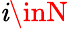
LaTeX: \mathit{i}\inN